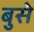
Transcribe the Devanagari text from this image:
बुसे